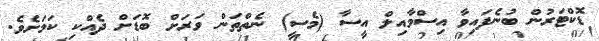
ޑޮކްޓަރުން ބުނެފައިވާ އިސްމާއިލް އީސާ (މެސީ) ނެތްތަން ވަރަށް ބޮޑަށް ދެއްކި ކަމަށެވެ.